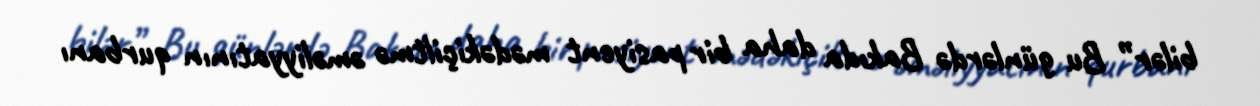
bilər” Bu günlərdə Bakıda daha bir pasiyent mədəkiçiltmə əməliyyatının qurbanı